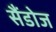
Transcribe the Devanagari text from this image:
सैंडोज